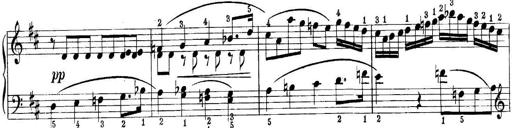
Title: Quatres sonatines
Composer: Tadeusz Joteyko